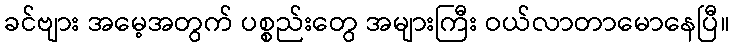
ခင်ဗျား အမေ့အတွက် ပစ္စည်းတွေ အများကြီး ဝယ်လာတာမောနေပြီ။